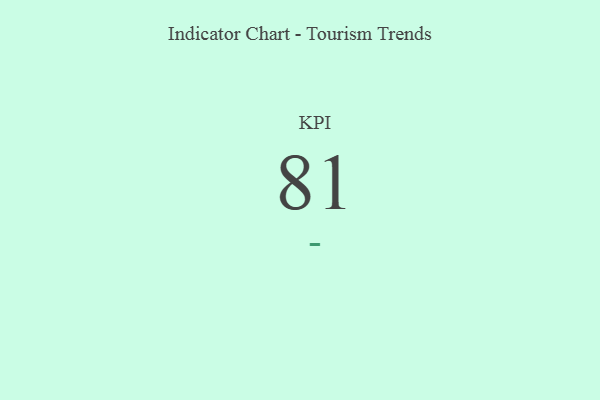
{"axis": {"x": "KPI", "y": "Value"}, "legend": [""], "data": [{"x": "KPI", "y": 81, "type": ""}]}